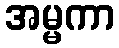
အမ္မကာ